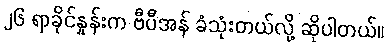
၂၆ ရာခိုင်နှုန်းက ဗီပီအန် ခံသုံးတယ်လို့ ဆိုပါတယ်။